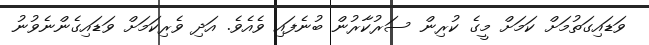
ވަޑައިގަތުމަށް ކަމަށް މީގެ ކުރިން ސަރުކާރުން ބުނެފައި ވެއެވެ. އަދި ވެރިކަމަށް ވަޑައިގެންނެވުނު